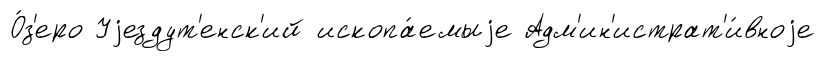
О́з'еро Уjездут'енск'ий ископа́емыjе Адм'ин'истрат'и́вноjе